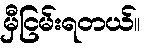
မှီငြမ်းရတယ်။